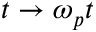
t \rightarrow \omega _ { p } t